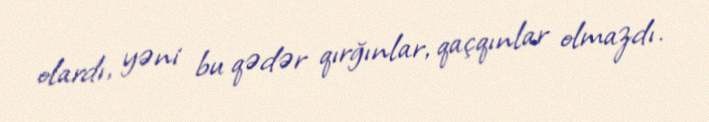
olardı, yəni bu qədər qırğınlar, qaçqınlar olmazdı.